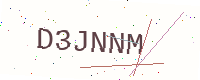
Text: D3JNNM